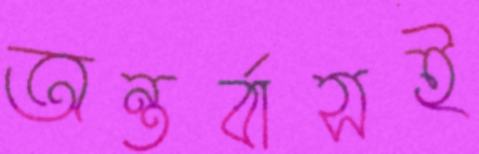
অন্তর্বাসই